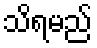
သိရမည်